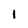
Character: 1